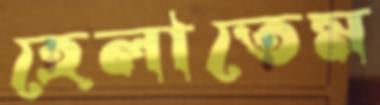
হেলাতেম